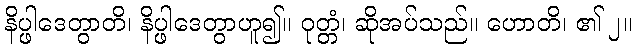
နိပ္ဖါဒေတွာတိ၊ နိပ္ဖါဒေတွာဟူ၍။ ဝုတ္တံ၊ ဆိုအပ်သည်။ ဟောတိ၊ ၏ ၂။